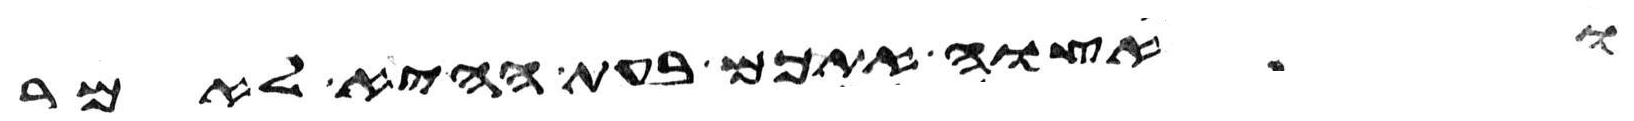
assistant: ואצוה אתכם בעת ההיא לאמר